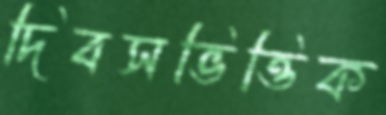
দিবসভিত্তিক